Indian journal of veterinary science and animal husbandry - Volumes 18-21, 1948-1951
Year: 1948
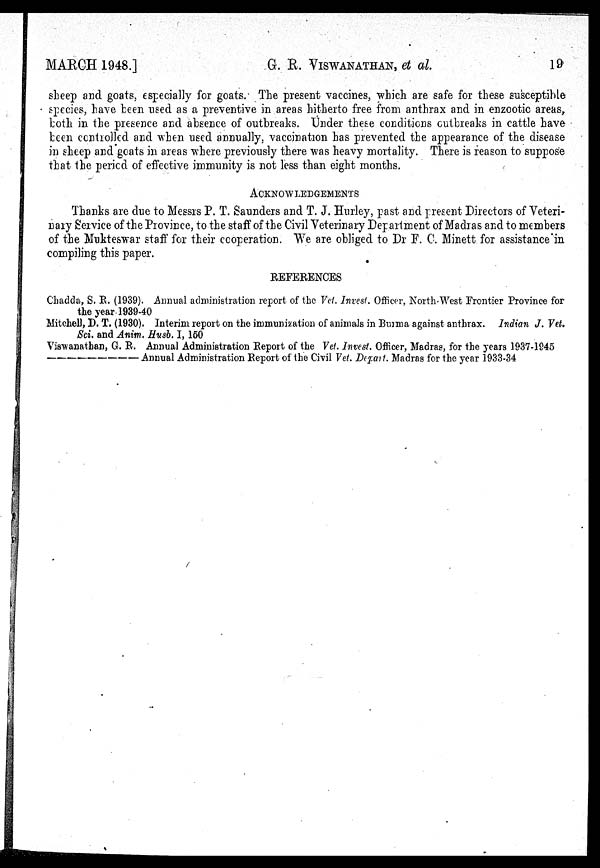
MARCH 1948.] G. E. VISWANATHAN, et al. 19
sheep and goats, especially for goats. The present vaccines, which are safe for these susceptible
species, have been used as a preventive in areas hitherto free from anthrax and in enzootic areas,
both in the presence and absence of outbreaks. Under these conditions outbreaks in cattle have
been controlled and when used annually, vaccination has prevented the appearance of the disease
in sheep and goats in areas where previously there was heavy mortality. There is reason to suppose
that the period of effective immunity is not less than eight months.
ACKNOWLEDGEMENTS
Thanks are due to Messrs P. T. Saunders and T. J. Hurley, past and present Directors of Veteri-
nary Service of the Province, to the staff of the Civil Veterinary Department of Madras and to members
of the Mukteswar staff for their cooperation. We are obliged to Dr F. C. Minett for assistance in
compiling this paper.
REFERENCES
Chadda, S. R. (1939). Annual administration report of the Vet. Invest. Officer, North-West Frontier Province for
the year 1939-40
Mitchell, D. T. (1930). Interim report on the immunization of animals in Burma against anthrax. Indian J. Vet.
Sci. and Anim. Husb. I, 150
Viswanathan, G. R. Annual Administration Report of the Vet. Invest. Officer, Madras, for the years 1937-1945
——Annual
Administration Report of the Civil Vet. Depart. Madras for the year 1933-34